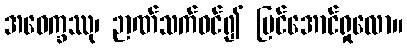
အဝေက္ခဿု၊ ဉာဏ်သက်ဝင်၍ မြင်အောင်ရှုလော။